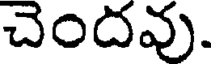
చెందవు.